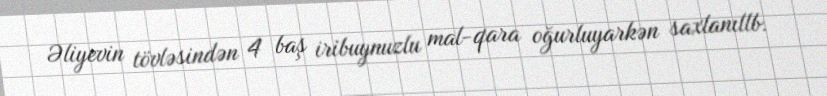
Əliyevin tövləsindən 4 baş iribuynuzlu mal-qara oğurluyarkən saxlanıllb.